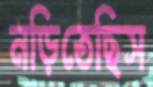
নড়িতেছিস